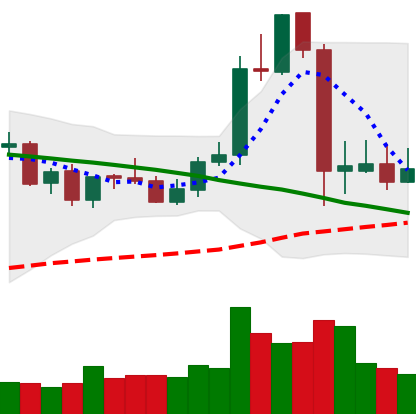
Ticker: LTC-USD
Chart end date: 2021-09-11
Forward return: 3.833%
Label: up_3_5